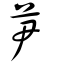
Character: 芛